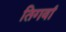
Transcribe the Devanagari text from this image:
तिगवां